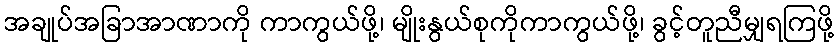
အချုပ်အခြာအာဏာကို ကာကွယ်ဖို့၊ မျိုးနွယ်စုကိုကာကွယ်ဖို့၊ ခွင့်တူညီမျှရကြဖို့